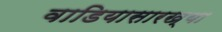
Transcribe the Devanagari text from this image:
वाडियासारख्या